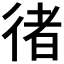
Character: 𢔪